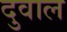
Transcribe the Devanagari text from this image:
दुवाल